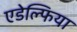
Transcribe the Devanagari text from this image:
एडेल्फिया